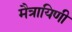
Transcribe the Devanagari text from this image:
मैत्रायिणी